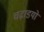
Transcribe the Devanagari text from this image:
चढ़ाडयों